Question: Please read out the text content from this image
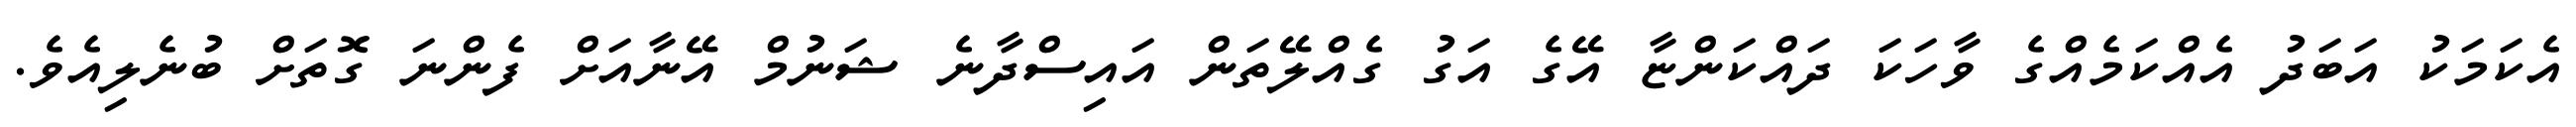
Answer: އެކަމަކު އަބަދު އެއްކަމެއްގެ ވާހަކަ ދައްކަންޏާ އޭގެ އަގު ގެއްލޭތަން އައިސްދާނެ ޝަނުމް އޭނާއަށް ފެންނަ ގޮތަށް ބުނެލިއެވެ.